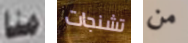
منا تشنجات من